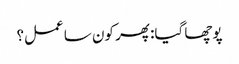
پوچھا گیا: پھر کون سا عمل؟